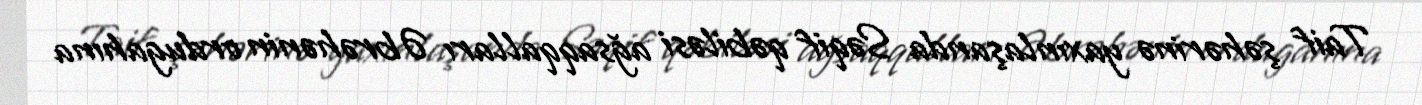
Taif şəhərinə yaxınlaşanda Səqif qəbiləsi ağsaqqalları Əbrəhənin ordugahına